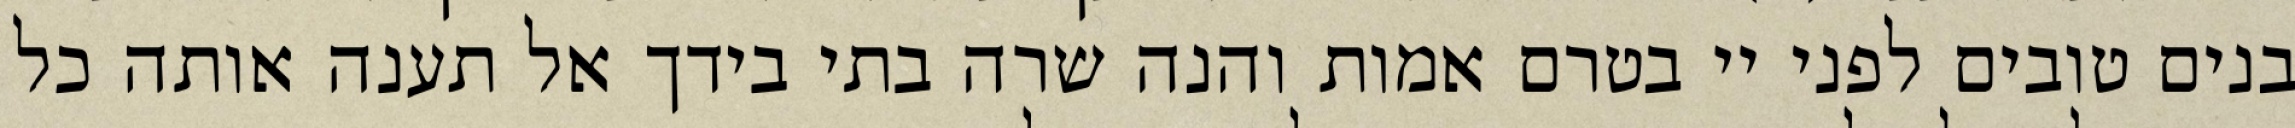
בנים טובים לפני יי בטרם אמות והנה שרה בתי בידך אל תענה אותה כל